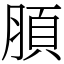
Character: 䐓